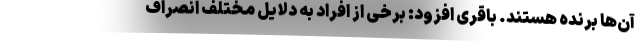
آن‌ها برنده هستند. باقری افزود: برخی از افراد به دلایل مختلف انصراف